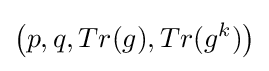
\left(p,q,Tr(g),Tr(g^{k})\right)